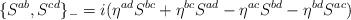
LaTeX: \begin{align*}\{S^{ab},S^{cd}\}_- = i (\eta^{ad} S^{bc} + \eta^{bc} S^{ad} - \eta^{ac} S^{bd} - \eta^{bd} S^{ac})\end{align*}